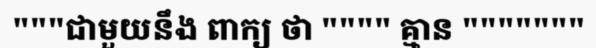
"""ជាមួយនឹង ពាក្យ ថា """" គ្មាន """""""